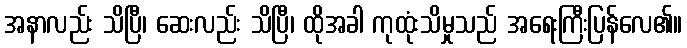
အနာလည်း သိပြီ၊ ဆေးလည်း သိပြီ၊ ထိုအခါ ကုထုံးသိမှုသည် အရေးကြီးပြန်လေ၏။